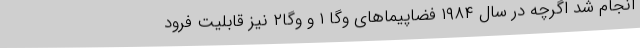
انجام شد اگرچه در سال ۱۹۸۴ فضاپیماهای وگا ۱ و وگا۲ نیز قابلیت فرود